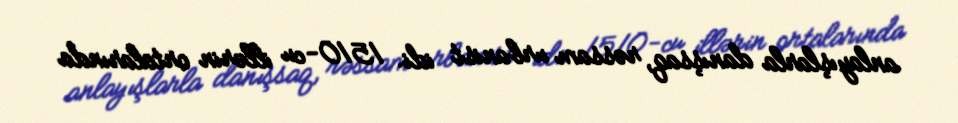
anlayışlarla danışsaq, rəssam urbanist idi. 1510-cu illərin ortalarında